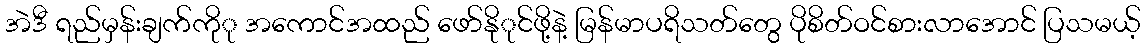
အဲဒီ ရည်မှန်းချက်ကိုု အကောင်အထည် ဖော်နိုုင်ဖို့နဲ့ မြန်မာပရိသတ်တွေ ပိုစိတ်ဝင်စားလာအောင် ပြသမယ့်